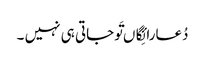
دُعارائِگاں تَوجاتی ہی نہیں ۔